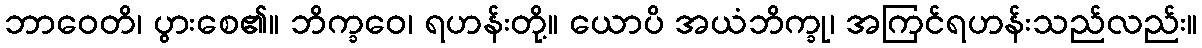
ဘာဝေတိ၊ ပွားစေ၏။ ဘိက္ခဝေ၊ ရဟန်းတို့။ ယောပိ အယံဘိက္ခု၊ အကြင်ရဟန်းသည်လည်း။